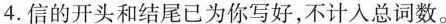
4.信的开头和结尾已为你写好，不计入总词数。